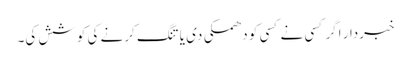
خبردار اگر کسی نے کسی کو دھمکی دی یا تنگ کرنے کی کوشش کی۔